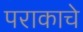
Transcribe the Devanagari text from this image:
पराकाचे